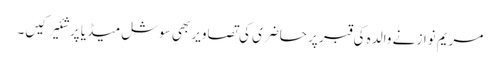
مریم نواز نے والدہ کی قبر پر حاضری کی تصاویر بھی سوشل میڈیا پر شئیر کیں۔